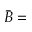
\bar { B } =